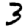
Digit: 3